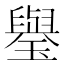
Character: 𤪐